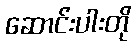
ဆောင်းပါးတို